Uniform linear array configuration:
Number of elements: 8
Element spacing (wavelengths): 0.25
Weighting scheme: hann
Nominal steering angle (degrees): -15
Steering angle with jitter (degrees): -15.167
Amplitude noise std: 0.05
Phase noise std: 0.05

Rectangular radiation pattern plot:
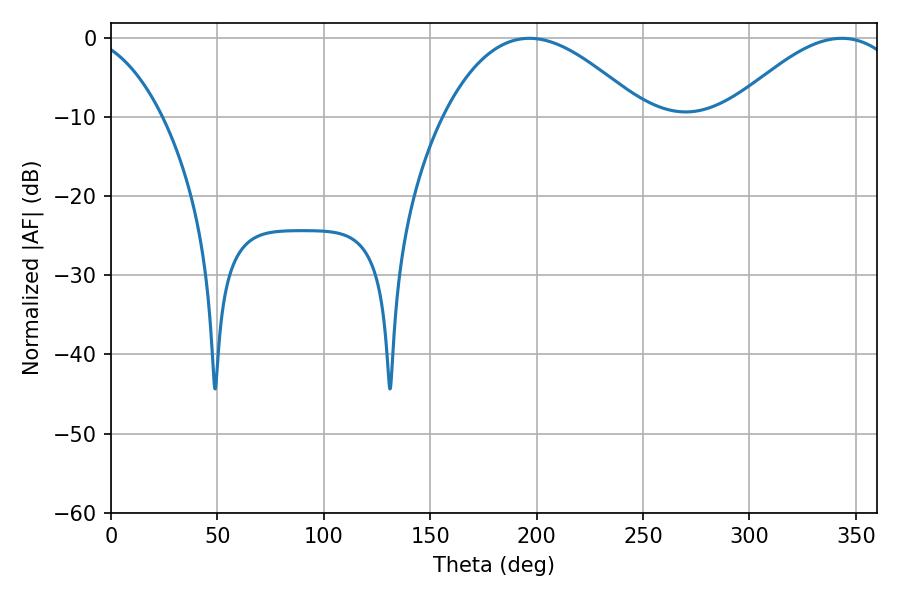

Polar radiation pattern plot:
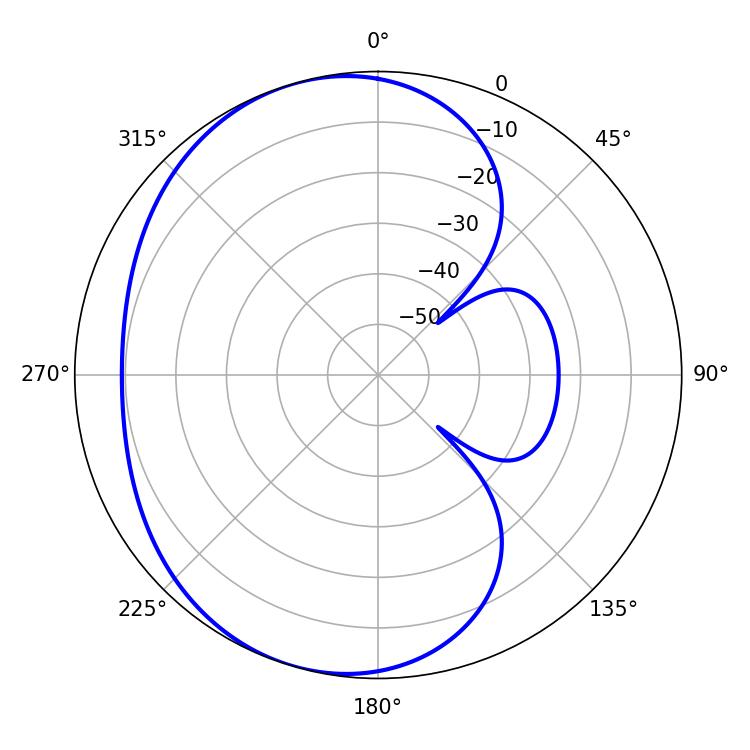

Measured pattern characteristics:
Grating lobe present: FALSE
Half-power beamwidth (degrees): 51.3
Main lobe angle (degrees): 196.56